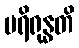
ပရိရုန္ဓတိ